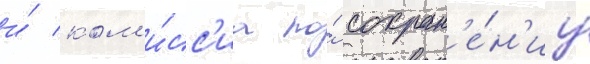
и́ ком'и́сс'иа по́ сохран'е́н'иу